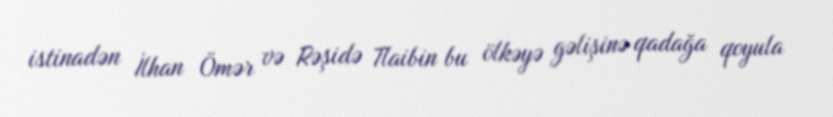
istinadən İlhan Ömər və Rəşidə Tlaibin bu ölkəyə gəlişinə qadağa qoyula